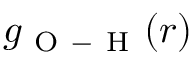
g _ { \mathrm { ~ O ~ - ~ H ~ } } ( r )